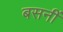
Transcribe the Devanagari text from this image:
बसनीं